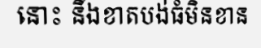
នោះ នឹងខាតបង់ធំមិនខាន